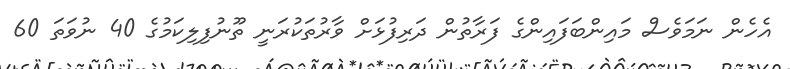
އެހެން ނަމަވެސް މައިންބަފައިންގެ ފަރާތުން ދަރިފުޅަށް ވާރުތަކުރަނީ ތޫނުފިލިކަމުގެ 40 ނުވަތަ 60